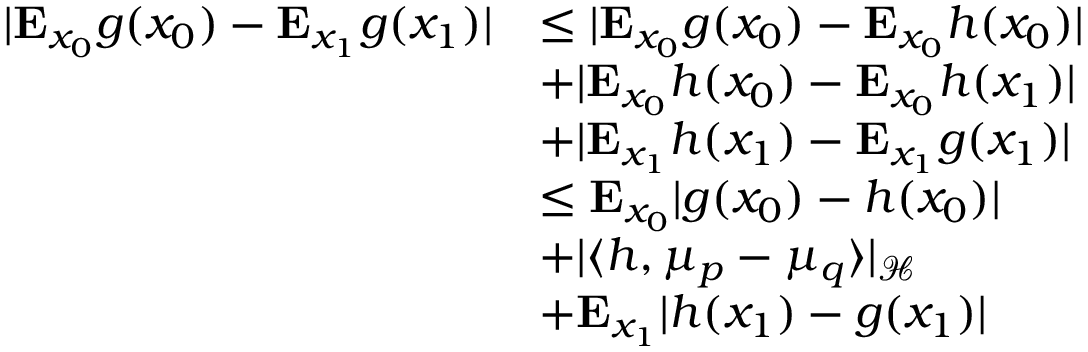
\begin{array} { r l } { | \mathbf { E } _ { x _ { 0 } } g ( x _ { 0 } ) - \mathbf { E } _ { x _ { 1 } } g ( x _ { 1 } ) | } & { \leq | \mathbf { E } _ { x _ { 0 } } g ( x _ { 0 } ) - \mathbf { E } _ { x _ { 0 } } h ( x _ { 0 } ) | } \\ & { + | \mathbf { E } _ { x _ { 0 } } h ( x _ { 0 } ) - \mathbf { E } _ { x _ { 0 } } h ( x _ { 1 } ) | } \\ & { + | \mathbf { E } _ { x _ { 1 } } h ( x _ { 1 } ) - \mathbf { E } _ { x _ { 1 } } g ( x _ { 1 } ) | } \\ & { \leq \mathbf { E } _ { x _ { 0 } } | g ( x _ { 0 } ) - h ( x _ { 0 } ) | } \\ & { + | \langle h , \mu _ { p } - \mu _ { q } \rangle | _ { \mathcal { H } } } \\ & { + \mathbf { E } _ { x _ { 1 } } | h ( x _ { 1 } ) - g ( x _ { 1 } ) | } \end{array}